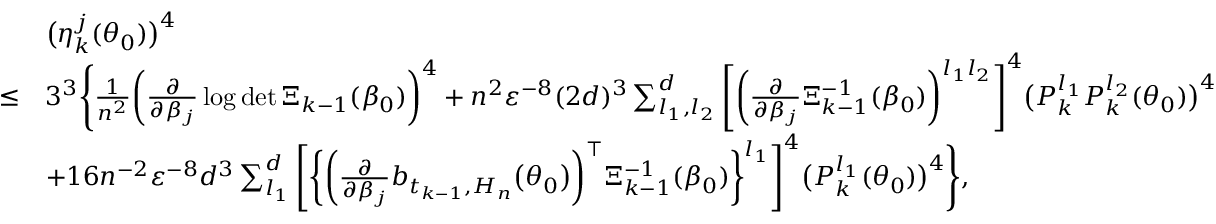
\begin{array} { r l } & { \big ( \eta _ { k } ^ { j } ( \theta _ { 0 } ) \big ) ^ { 4 } } \\ { \leq } & { 3 ^ { 3 } \Bigg \{ \frac { 1 } { n ^ { 2 } } \bigg ( \frac { \partial } { \partial \beta _ { j } } \log \operatorname* { d e t } \Xi _ { k - 1 } ( \beta _ { 0 } ) \bigg ) ^ { 4 } + n ^ { 2 } \varepsilon ^ { - 8 } ( 2 d ) ^ { 3 } \sum _ { l _ { 1 } , l _ { 2 } } ^ { d } \Bigg [ \bigg ( \frac { \partial } { \partial \beta _ { j } } \Xi _ { k - 1 } ^ { - 1 } ( \beta _ { 0 } ) \bigg ) ^ { l _ { 1 } l _ { 2 } } \Bigg ] ^ { 4 } \big ( P _ { k } ^ { l _ { 1 } } P _ { k } ^ { l _ { 2 } } ( \theta _ { 0 } ) \big ) ^ { 4 } } \\ & { + 1 6 n ^ { - 2 } \varepsilon ^ { - 8 } d ^ { 3 } \sum _ { l _ { 1 } } ^ { d } \Bigg [ \bigg \{ \biggl ( \frac { \partial } { \partial \beta _ { j } } b _ { t _ { k - 1 } , H _ { n } } \bigl ( \theta _ { 0 } \bigr ) \biggr ) ^ { \top } \Xi _ { k - 1 } ^ { - 1 } ( \beta _ { 0 } ) \bigg \} ^ { l _ { 1 } } \Bigg ] ^ { 4 } \big ( P _ { k } ^ { l _ { 1 } } ( \theta _ { 0 } ) \big ) ^ { 4 } \Bigg \} , } \end{array}